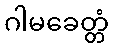
ဂါမခေတ္တံ